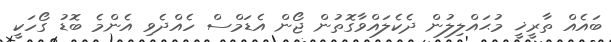
ބައެއް ތާރީޚީ މުޙައްލިލުން ދެކެލައްވާގޮތުން ޖޯން އެޑަމްސް ހެއްދެވި އެންމެ ބޮޑު ގޯހަކީ